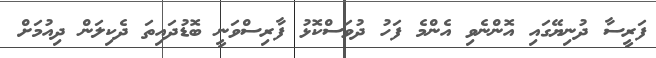
ފަރީސާ ދުނިޔޭގައި އޮންނެވި އެންމެ ފަހު ދުވަސްކޮޅު ފާރިސްވަނީ ބޮޑުދައިތަ ދެކިލަން ދިއުމަށް